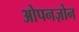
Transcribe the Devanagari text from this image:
ओपनज़ोन